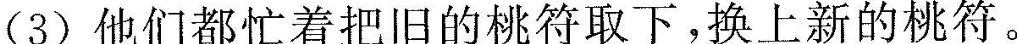
(3)他们都忙着把旧的桃符取下，换上新的桃符。